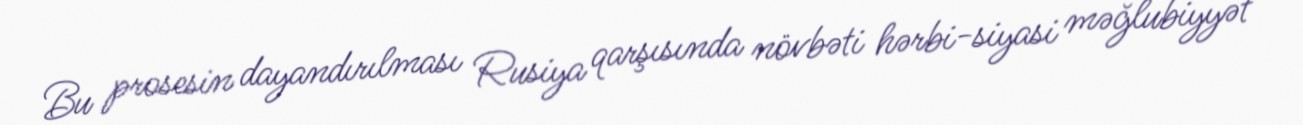
Bu prosesin dayandırılması Rusiya qarşısında növbəti hərbi-siyasi məğlubiyyət